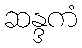
ဆန္ဒကံ